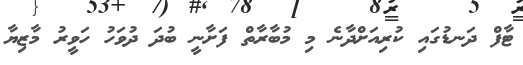
ޓާފް ދަނޑުގައި ކުރިއަށްދާނެ މި މުބާރާތް ފަށާނީ ބުދަ ދުވަހު ހަވީރު މާޒިޔާ